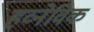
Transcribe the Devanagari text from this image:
हव्नेविक